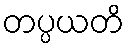
တပ္ပယတိ